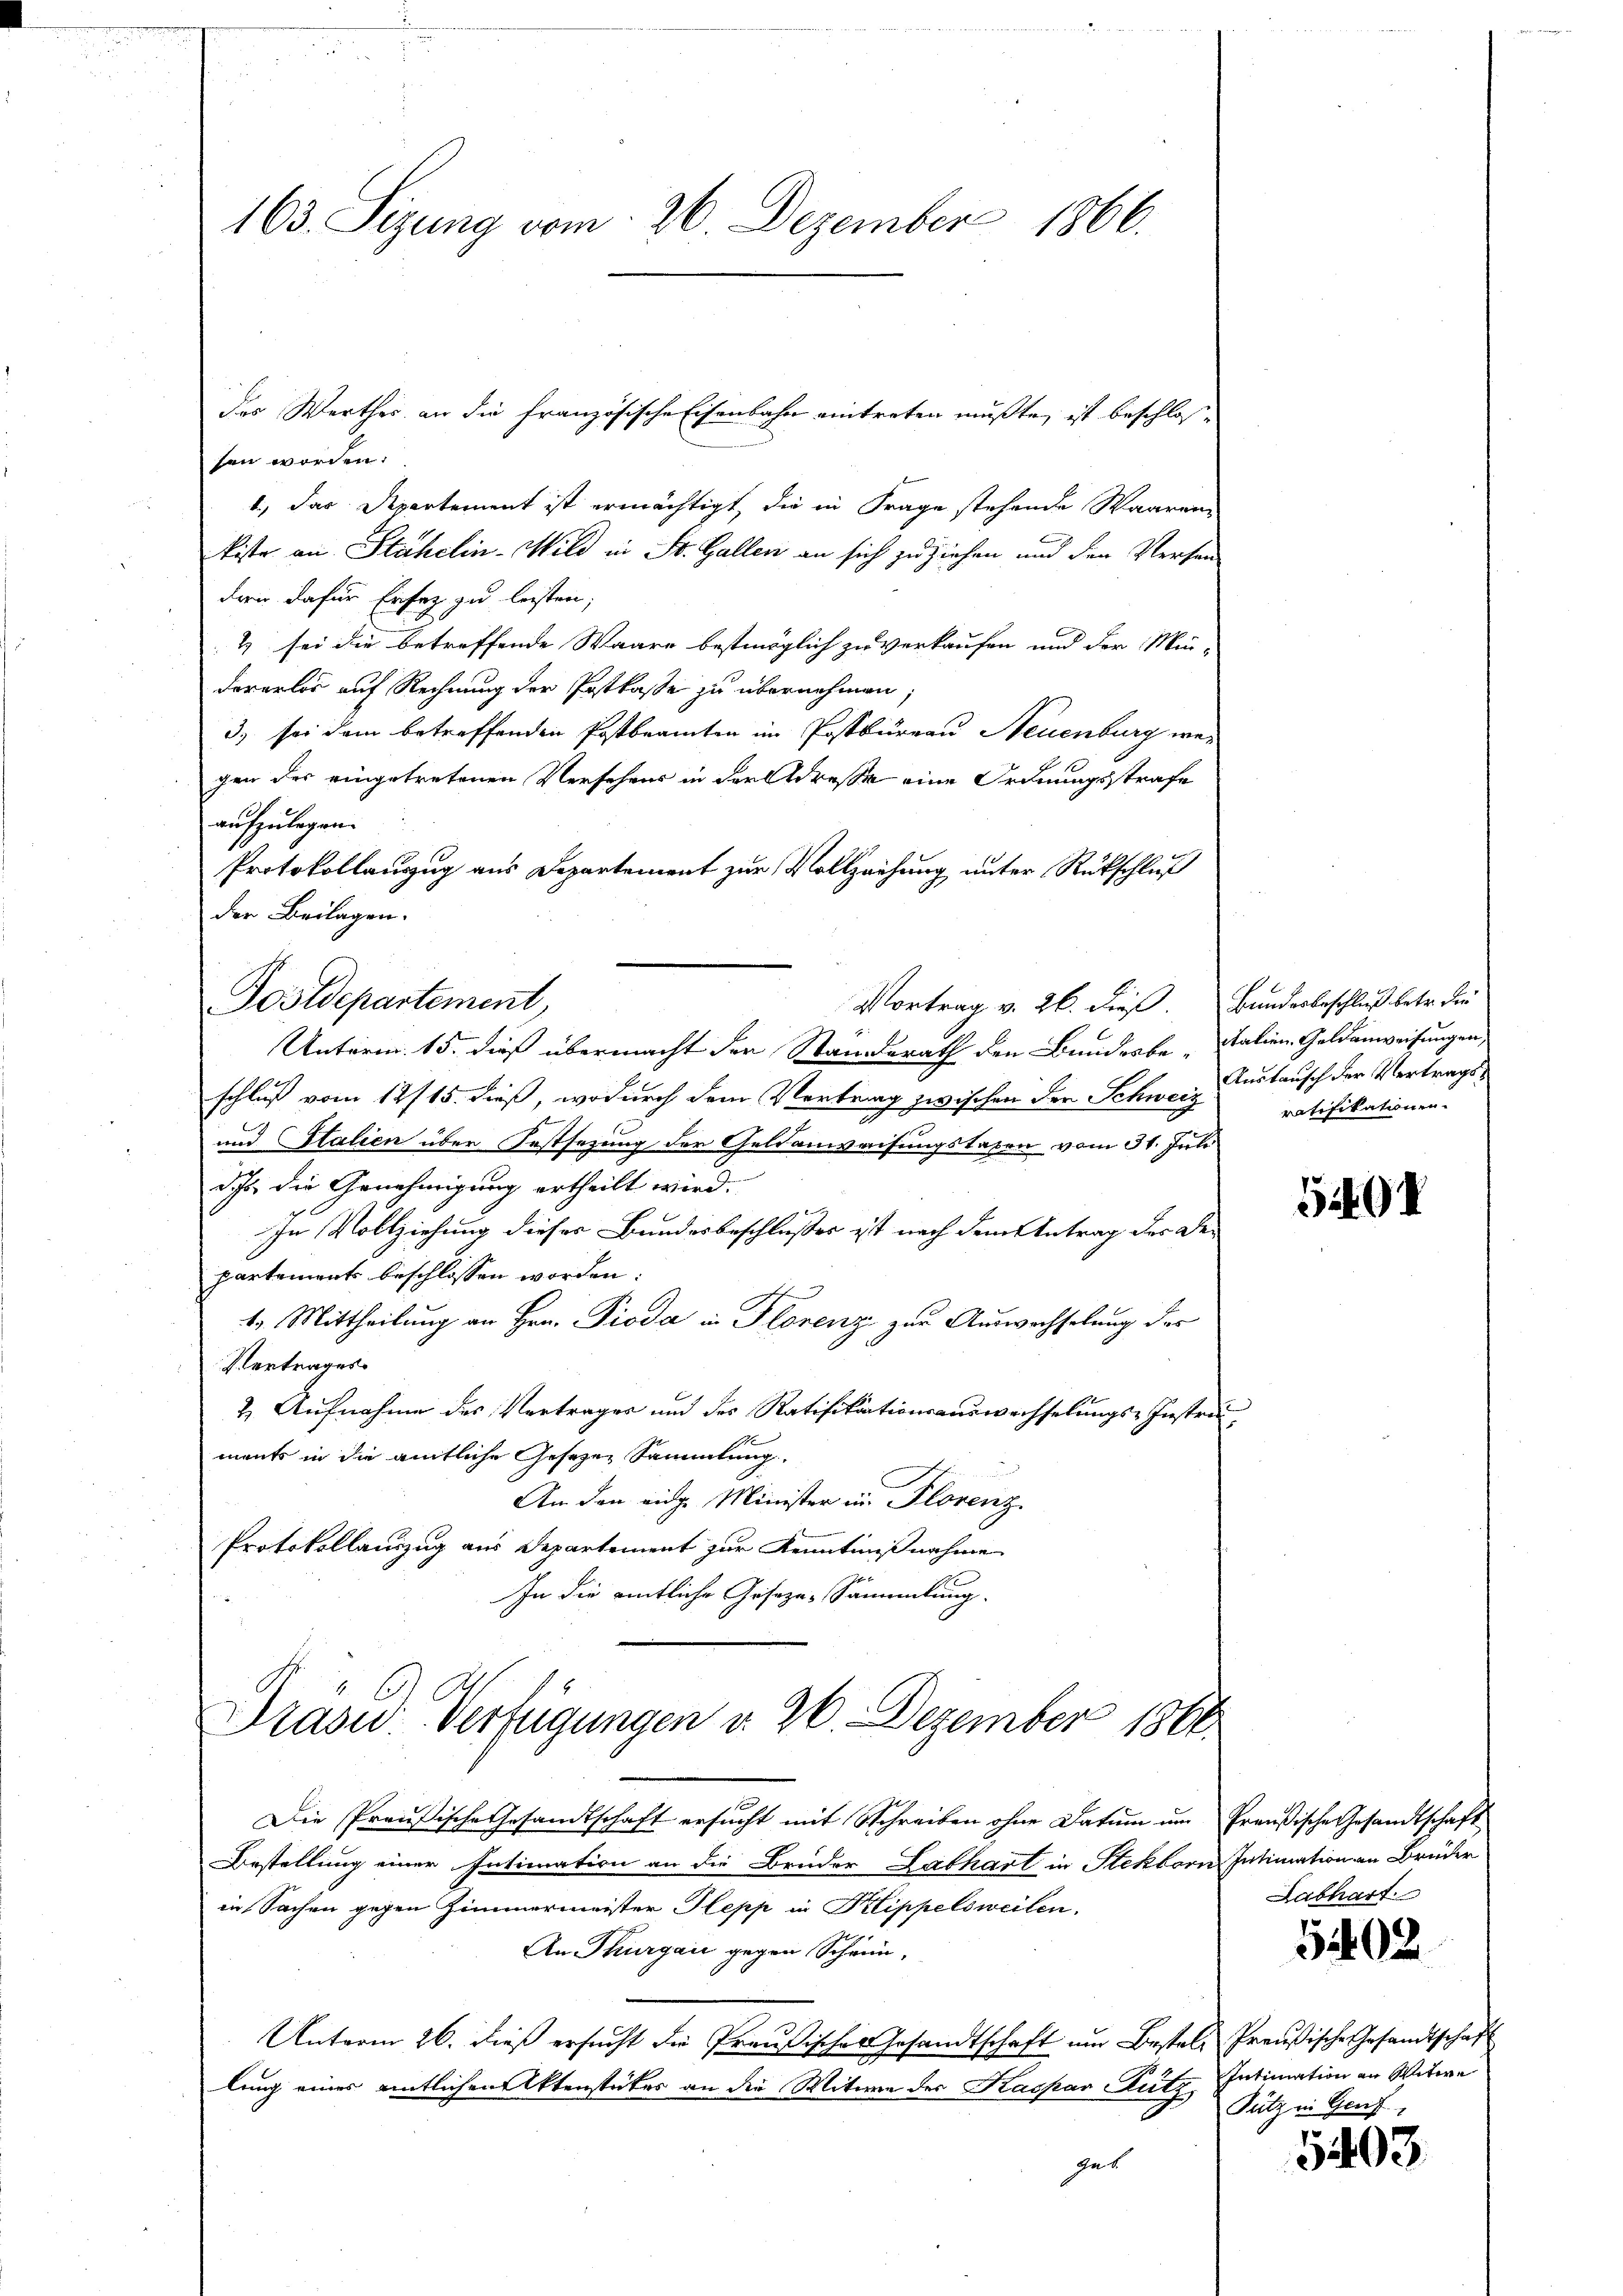
sen worden.
e
1.) Das Departement ist ermächtigt, die in Frage stehende Waaren
kiste an Stähelin-Wild in St. Gallen an sich zu ziehen und den Versen-
dern dafür Ersatz zu leisten;
1 sei die betreffende Waare bestmöglich zu verkaufen und der Min-
dererlos auf Rechnung der Postkasse zu übernehmen;
3) sei dem betreffenden Postbeamten im Postbureau Neuenburg wegen der eingetretenen Versehens in der Adresse eine Ordnungsstrafe
aufzulegen.
Protokollauszug aus Departement zur Vollziehung unter Rückschluß
der Beilagen.
Postdepartement,
Vortrag v. 26. dieß. Bunderbeschluß betr. die
Unterm 15. dieß übermacht der Standerath den Bundesbe-Italien-Geldanweisungen,
schluß vom 12/15. dieß, wodurch dem Vertrag zwischen der Schweiz
und Stalien über Festsezung der Geldanweisungstaxen vom 31. Juli
dch die Genehmigung ertheilt wird.
In Vollziehung dieser Bundesbeschlußes ist nach dem Antrag des Departements beschlossen worden:
4. Mittheilung an Hrn. Pioda in Florenz zur Auswachselung des
Vertrages
2. Aufnahme des Vertrages und des Ratifikationsauswechselungs-Instru
ments in die amtliche Gesetzen Sammlung
An den eidg. Minister in Florenz
Protokollauszug aus Departement zur Kenntnißnahme
In die amtliche Gesezes-Sammlung.

163. Sizung vom 26. Dezember 1866.

des Werthes an die französische Eisenbahn eintreten mußte, ist beschlosse

Prasid. Verfügungen v. 26. Dezember 1860

Die Preußische Gesandtschaft ersucht mit Schreiben ohne Datum im Preußische Gesandtschaft
Bestellung einer Intimation an die Brüder Labhart in Stekborn Intimation an Brüder
in Sachen gegen Zimmermeister Plepp in Klippelsweilen.
An Thurgau gegen Schein,
Unterm 26. dieß ersucht die Preußisches Gesandtschaft um Bestel, Preußische Gesandtschaft
lung eines amtlichen Aktenstückes an die Witwe des Kaspar Putz Intimation an Witwe
gut

Austausch der Vertragsratifikationen.

5404

Labhart.

5402

Fütz in Genf,

5403.